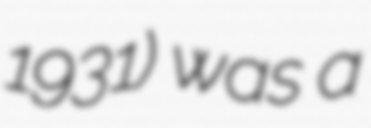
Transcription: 1931) was a